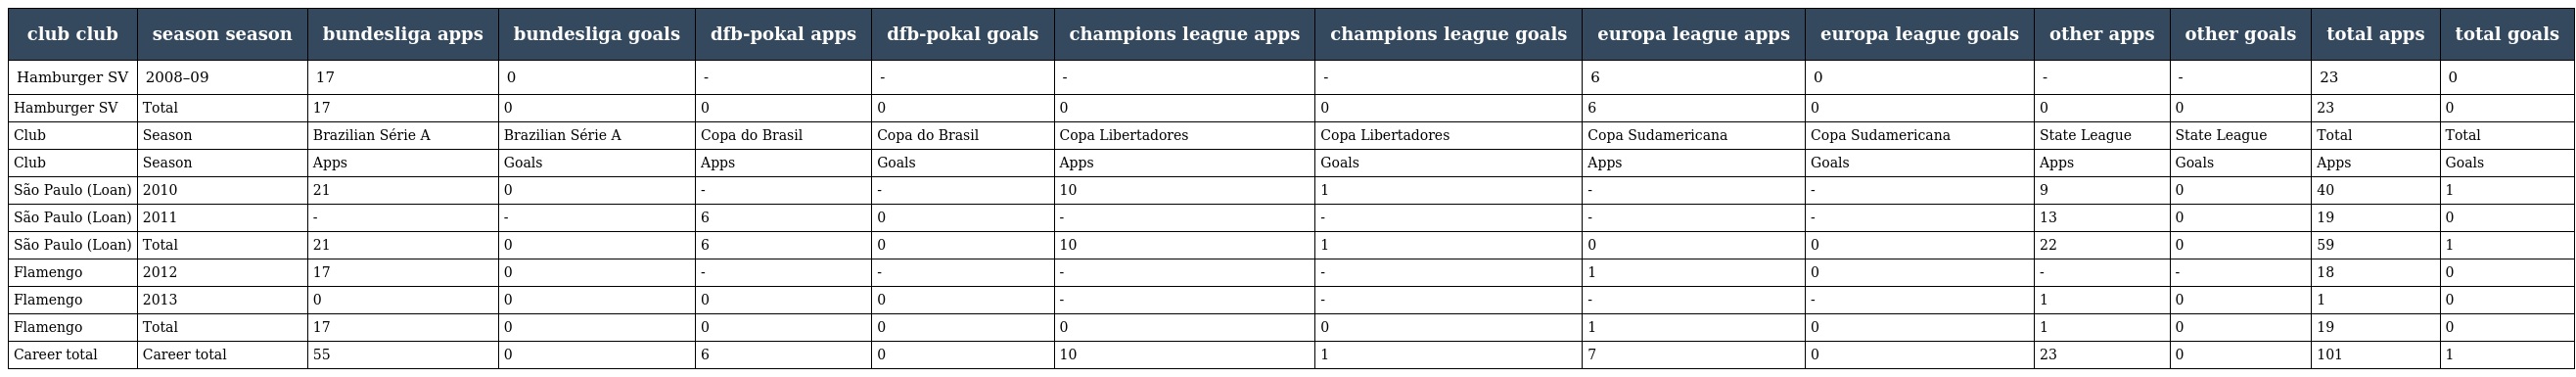
| club club | season season | bundesliga apps | bundesliga goals | dfb-pokal apps | dfb-pokal goals | champions league apps | champions league goals | europa league apps | europa league goals | other apps | other goals | total apps | total goals |
 | --- | --- | --- | --- | --- | --- | --- | --- | --- | --- | --- | --- | --- | --- |
 | Hamburger SV | 2008–09 | 17 | 0 | - | - | - | - | 6 | 0 | - | - | 23 | 0 |
 | Hamburger SV | Total | 17 | 0 | 0 | 0 | 0 | 0 | 6 | 0 | 0 | 0 | 23 | 0 |
 | Club | Season | Brazilian Série A | Brazilian Série A | Copa do Brasil | Copa do Brasil | Copa Libertadores | Copa Libertadores | Copa Sudamericana | Copa Sudamericana | State League | State League | Total | Total |
 | Club | Season | Apps | Goals | Apps | Goals | Apps | Goals | Apps | Goals | Apps | Goals | Apps | Goals |
 | São Paulo (Loan) | 2010 | 21 | 0 | - | - | 10 | 1 | - | - | 9 | 0 | 40 | 1 |
 | São Paulo (Loan) | 2011 | - | - | 6 | 0 | - | - | - | - | 13 | 0 | 19 | 0 |
 | São Paulo (Loan) | Total | 21 | 0 | 6 | 0 | 10 | 1 | 0 | 0 | 22 | 0 | 59 | 1 |
 | Flamengo | 2012 | 17 | 0 | - | - | - | - | 1 | 0 | - | - | 18 | 0 |
 | Flamengo | 2013 | 0 | 0 | 0 | 0 | - | - | - | - | 1 | 0 | 1 | 0 |
 | Flamengo | Total | 17 | 0 | 0 | 0 | 0 | 0 | 1 | 0 | 1 | 0 | 19 | 0 |
 | Career total | Career total | 55 | 0 | 6 | 0 | 10 | 1 | 7 | 0 | 23 | 0 | 101 | 1 |